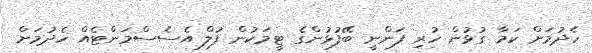
ހެދުމަށް ކަމާ ގުޅުން ހުރި ފަންނީ ބޭފުޅުންގެ ޓީމަކުން ފުލް އެސެސްމަންޓެއް ހެދުމަށް